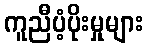
ကူညီပံ့ပိုးမှုများ